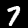
Label: 7